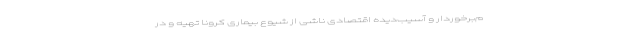
م‌برخوردار و آسیب‌دیده اقتصادی ناشی از شیوع بیماری کرونا تهیه و در